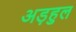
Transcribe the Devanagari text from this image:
अड़हुल